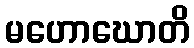
မဟောဃောတိ